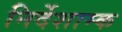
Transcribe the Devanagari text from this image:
निर्देशाम्क